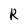
Character: R